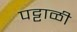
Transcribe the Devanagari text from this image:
पट्टाळी